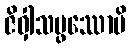
ဇိဝှါသမ္ဖဿောပိ